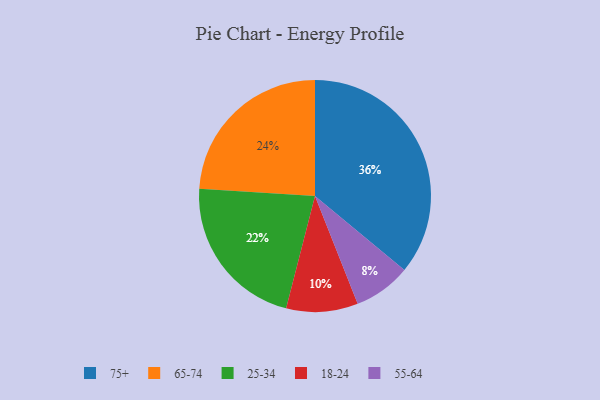
{"axis": {"x": "Category", "y": "Percentage"}, "legend": ["18-24", "25-34", "55-64", "65-74", "75+"], "data": [{"x": "65-74", "y": 24, "type": "65-74"}, {"x": "25-34", "y": 22, "type": "25-34"}, {"x": "18-24", "y": 10, "type": "18-24"}, {"x": "75+", "y": 36, "type": "75+"}, {"x": "55-64", "y": 8, "type": "55-64"}]}